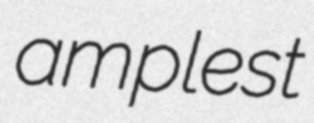
amplest